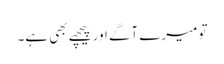
تو میرے آگے اور پیچھے بھی ہے۔